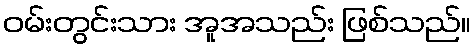
ဝမ်းတွင်းသား အူအသည်း ဖြစ်သည်။